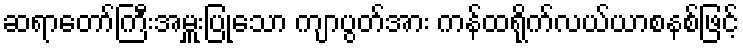
ဆရာတော်ကြီးအမှူးပြုသော ကျာပွတ်အား ကန်ထရိုက်လယ်ယာစနစ်ဖြင့်